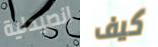
الصيدلية كيف